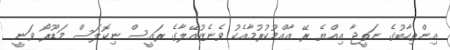
އިންތިހާބުގެ ނަތީޖާ އިއްޔެ ރޭ އާއްމުކުރުމާއެކު ވެނެޒުއޭލާގެ ރައީސް ނިކޮލަސް މަޑޫރޯ ވަނީ